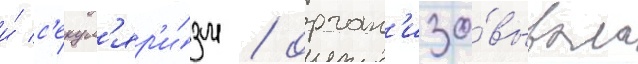
и́ с'екул'яр'и́зм / орган'изо́вывала